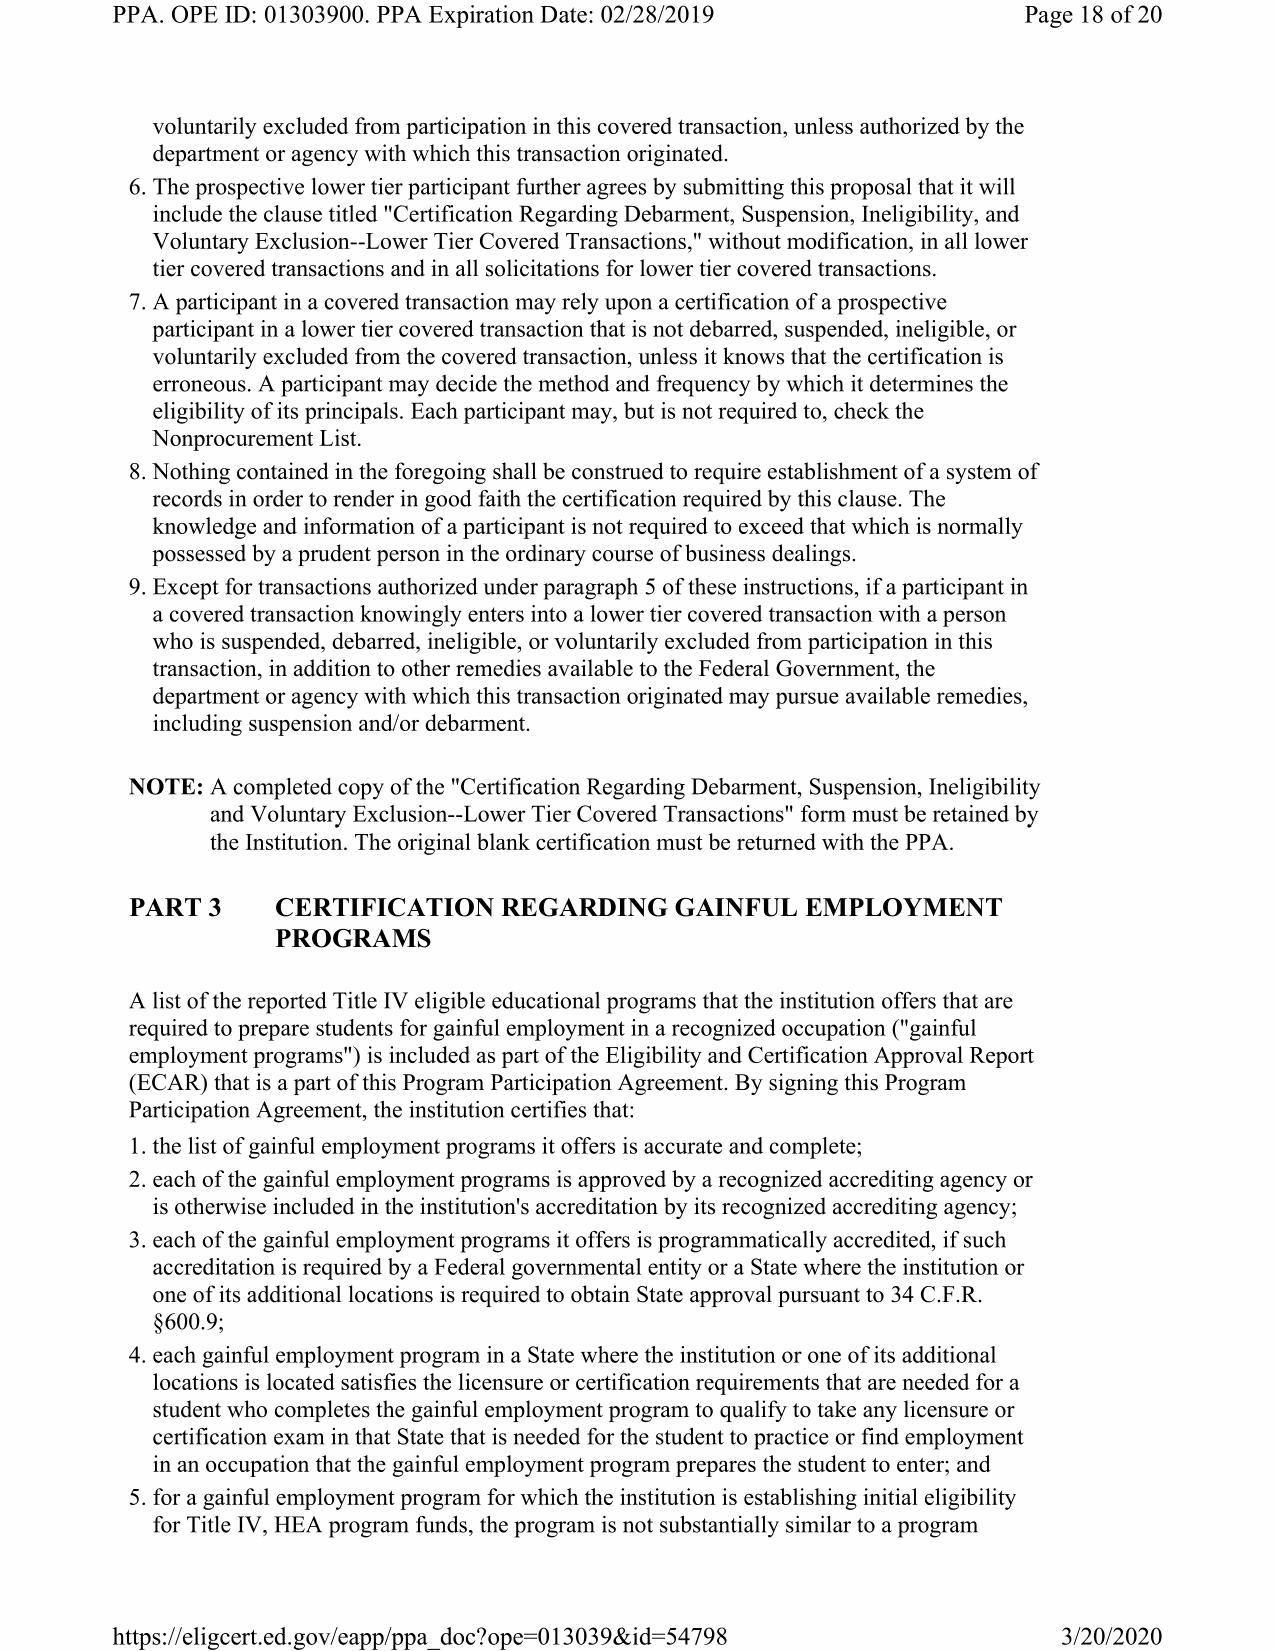
PPA. OPE ID: 01303900. PPA Expiration Date: 02/28/2019       Page 18 of 20
 voluntarily excluded from participation in this covered transaction, unless authorized by the
 department or agency with which this transaction originated.
 6.The prospective lower tier participant further agrees by submitting this proposal that it will
 include the clause titled "Certification Regarding Debarment, Suspension, Ineligibility, and
 Voluntary Exclusion--Lower Tier Covered Transactions," without modification, in all lower
 tier covered transactions and in all solicitations for lower tier covered transactions.
 7.A participant in a covered transaction may rely upon a certification of a prospective
 participant in a lower tier covered transaction that is not debarred, suspended, ineligible, or
 voluntarily excluded from the covered transaction, unless it knows that the certification is
 erroneous. A participant may decide the method and frequency by which it determines the
 eligibility of its principals. Each participant may, but is not required to, check the
 Nonprocurement List.
 8.Nothing contained in the foregoing shall be construed to require establishment of a system of
 records in order to render in good faith the certification required by this clause. The
 knowledge and information of a participant is not required to exceed that which is normally
 possessed by a prudent person in the ordinary course of business dealings.
 9.Except for transactions authorized under paragraph 5 of these instructions, if a participant in
 a covered transaction knowingly enters into a lower tier covered transaction with a person
 who is suspended, debarred, ineligible, or voluntarily excluded from participation in this
 transaction, in addition to other remedies available to the Federal Government, the
 department or agency with which this transaction originated may pursue available remedies,
 including suspension and/or debarment.
 NOTE: A completed copy of the "Certification Regarding Debarment, Suspension, Ineligibility
 and Voluntary Exclusion--Lower Tier Covered Transactions" form must be retained by
 the Institution. The original blank certification must be returned with the PPA.
 PART 3   CERTIFICATION  REGARDING   GAINFUL EMPLOYMENT
 PROGRAMS
 A list of the reported Title IV eligible educational programs that the institution offers that are
 required to prepare students for gainful employment in a recognized occupation ("gainful
 employment programs") is included as part of the Eligibility and Certification Approval Report
 (ECAR) that is a part of this Program Participation Agreement. By signing this Program
 Participation Agreement, the institution certifies that:
 1.the list of gainful employment programs it offers is accurate and complete;
 2.each of the gainful employment programs is approved by a recognized accrediting agency or
 is otherwise included in the institution's accreditation by its recognized accrediting agency;
 3.each of the gainful employment programs it offers is programmatically accredited, if such
 accreditation is required by a Federal governmental entity or a State where the institution or
 one of its additional locations is required to obtain State approval pursuant to 34 C.F.R.
 §600.9;
 4.each gainful employment program in a State where the institution or one of its additional
 locations is located satisfies the licensure or certification requirements that are needed for a
 student who completes the gainful employment program to qualify to take any licensure or
 certification exam in that State that is needed for the student to practice or find employment
 in an occupation that the gainful employment program prepares the student to enter; and
 5.for a gainful employment program for which the institution is establishing initial eligibility
 for Title IV, HEA program funds, the program is not substantially similar to a program
 https://eligcerted.gov/eapp/ppa doc?ope=013039&id=54798        3/20/2020